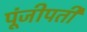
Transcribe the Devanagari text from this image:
पूंजीपती